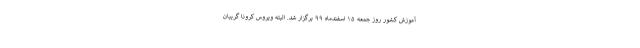
آموزش کشور روز جمعه ۱۵ اسفندماه ۹۹ برگزار شد. البته ویروس کرونا گریبان